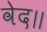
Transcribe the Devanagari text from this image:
वेद॥